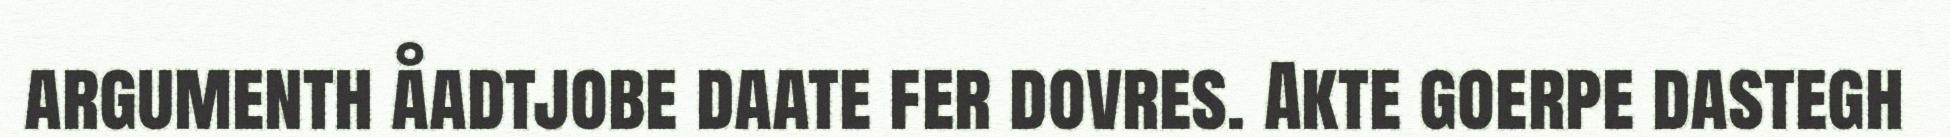
argumenth åadtjobe daate fer dovres. Akte goerpe dastegh